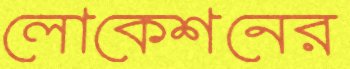
লোকেশনের